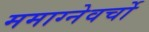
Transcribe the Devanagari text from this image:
ममाग्नेवर्चो